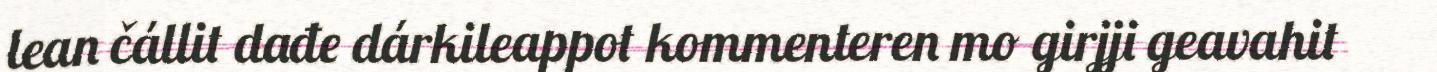
lean čállit dađe dárkileappot kommenteren mo girjji geavahit